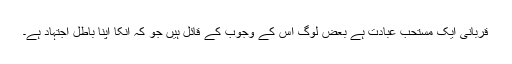
قربانی ایک مستحب عبادت ہے بعض لوگ اس کے وجوب کے قائل ہیں جو کہ انکا اپنا باطل اجتہاد ہے۔